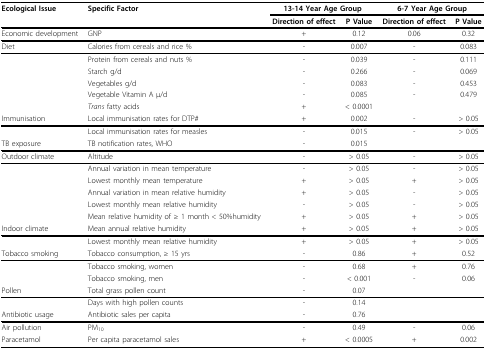
| Ecological Issue | Specific Factor | <COLSPAN=2> 13-14 Year Age Group | <COLSPAN=2> 6-7 Year Age Group |
 |  |  | Direction of effect | P Value | Direction of effect | P Value |
 | --- | --- | --- | --- | --- | --- |
 | Economic development | GNP | + | 0.12 | 0.06 | 0.32 |
 | Diet | Calories from cereals and rice % | - | 0.007 | - | 0.083 |
 |  | Protein from cereals and nuts % | - | 0.039 | - | 0.111 |
 |  | Starch g/d | - | 0.266 | - | 0.069 |
 |  | Vegetables g/d | - | 0.083 | - | 0.453 |
 |  | Vegetable Vitamin A μ/d | - | 0.085 | - | 0.479 |
 |  | Trans fatty acids | + | < 0.0001 |  |  |
 | Immunisation | Local immunisation rates for DTP# | + | 0.002 | - | > 0.05 |
 |  | Local immunisation rates for measles | - | 0.015 | - | > 0.05 |
 | TB exposure | TB notification rates, WHO | - | 0.015 |  |  |
 | Outdoor climate | Altitude | - | > 0.05 | - | > 0.05 |
 |  | Annual variation in mean temperature | - | > 0.05 | - | > 0.05 |
 |  | Lowest monthly mean temperature | + | > 0.05 | + | > 0.05 |
 |  | Annual variation in mean relative humidity | + | > 0.05 | - | > 0.05 |
 |  | Lowest monthly mean relative humidity | - | > 0.05 | - | > 0.05 |
 |  | Mean relative humidity of ≥ 1 month < 50%humidity | + | > 0.05 | + | > 0.05 |
 | Indoor climate | Mean annual relative humidity | + | > 0.05 | + | > 0.05 |
 |  | Lowest monthly mean relative humidity | + | > 0.05 | + | > 0.05 |
 | Tobacco smoking | Tobacco consumption, ≥ 15 yrs | - | 0.86 | + | 0.52 |
 |  | Tobacco smoking, women | - | 0.68 | + | 0.76 |
 |  | Tobacco smoking, men | - | < 0.001 | - | 0.06 |
 | Pollen | Total grass pollen count | - | 0.07 |  |  |
 |  | Days with high pollen counts | - | 0.14 |  |  |
 | Antibiotic usage | Antibiotic sales per capita | - | 0.76 |  |  |
 | Air pollution | PM10 | - | 0.49 | - | 0.06 |
 | Paracetamol | Per capita paracetamol sales | + | < 0.0005 | + | 0.002 |